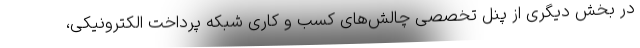
در بخش دیگری از پنل تخصصی چالش‌های کسب و کاری شبکه پرداخت الکترونیکی،